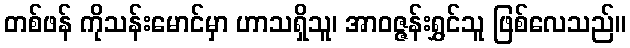
တစ်ဖန် ကိုသန်းမောင်မှာ ဟာသရှိသူ၊ အာဝဇ္ဇန်းရွှင်သူ ဖြစ်လေသည်။